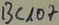
Text: BC107